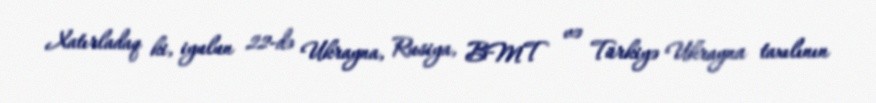
Xatırladaq ki, iyulun 22-də Ukrayna, Rusiya, BMT və Türkiyə Ukrayna taxılının